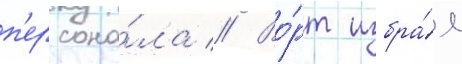
п'ерсона́ла // Во́рт избра́л